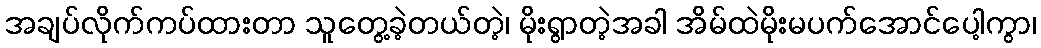
အချပ်လိုက်ကပ်ထားတာ သူတွေ့ခဲ့တယ်တဲ့၊ မိုးရွာတဲ့အခါ အိမ်ထဲမိုးမပက်အောင်ပေါ့ကွာ၊